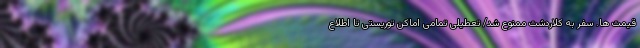
قیمت ها. سفر به کلاردشت ممنوع شد/ تعطیلی تمامی اماکن توریستی تا اطلاع